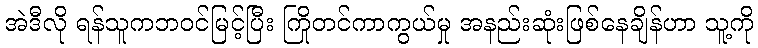
အဲဒီလို ရန်သူကဘဝင်မြင့်ပြီး ကြိုတင်ကာကွယ်မှု အနည်းဆုံးဖြစ်နေချိန်ဟာ သူ့ကို